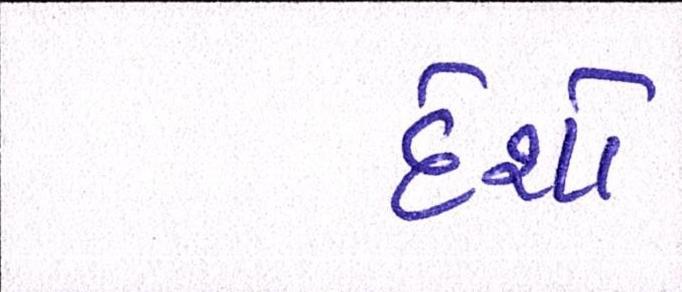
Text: દેશો